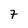
Character: 7